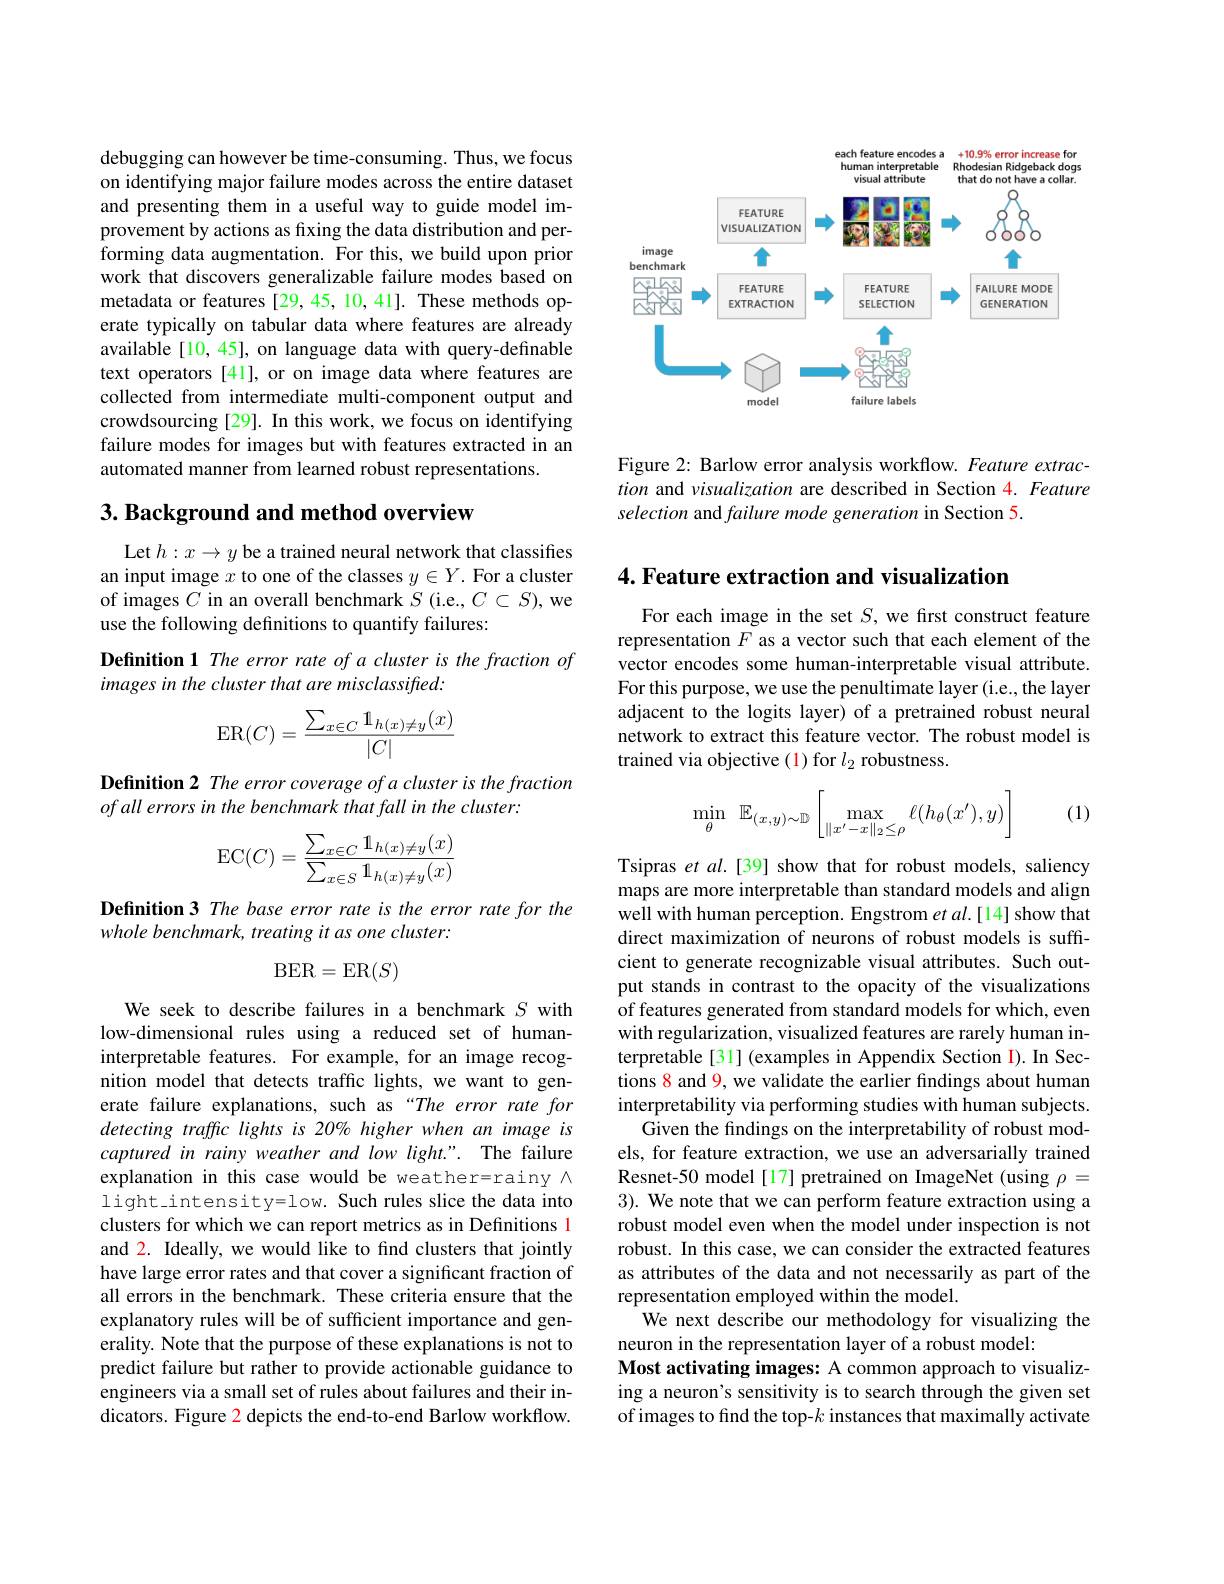
debugging can however be time-consuming. Thus, we focus on identifying major failure modes across the entire dataset and presenting them in a useful way to guide model improvement by actions as fxing the data distribution and performing data augmentation. For this, we build upon prior work that discovers generalizable failure modes based on metadata or features [29,45,10,41]. These methods operate typically on tabular data where features are already available [10, 45], on language data with query-definable text operators [41], or on image data where features are collected from intermediate multi-component output and crowdsourcing[29]. In this work, we focus on identifying failure modes for images but with features extracted in an automated manner from learned robust representations.

## $3. \textbf{ Background and method overview}$

Let $h:x\to y$ be a trained neural network that classifies an input image $x$ to one of the classes $y\in Y.$ For a cluster of images $C$ in an overall benchmark $S$ (i.e., $C\subset S)$, we use the following definitions to quantify failures:

Definition 1 The error rate of a cluster is the fraction of
images in the cluster that are misclassified:
$$\mathrm{ER}(C)=\frac{\sum_{x\in C}\mathbb{1}_{h(x)\neq y}(x)}{|C|}$$
Definition 2 The error coverage of a cluster is the fraction
of all errors in the benchmark that fall in the cluster:
$$\mathrm{EC}(C)=\frac{\sum_{x\in C}\mathbb{1}_{h(x)\neq y}(x)}{\sum_{x\in S}\mathbb{1}_{h(x)\neq y}(x)}$$
Definition 3 The base error rate is the error rate for the
whole benchmark, treating it as one cluster:
$$\mathrm{BER}=\mathrm{ER}(S)$$
We seek to describe failures in a benchmark $S$ with low-dimensional rules using a reduced set of humaninterpretable features. For example, for an image recognition model that detects traffic lights, we want to generate failure explanations, such as “The error rate for detecting traffic lights is 20% higher when an image is captured in rainy weather and low light.". The failure explanation in this case would be weather=rainy $\wedge$ light\_intensity=low. Such rules slice the data into clusters for which we can report metrics as in Definitions 1 and 2. Ideally, we would like to find clusters that jointly have large error rates and that cover a significant fraction of all errors in the benchmark. These criteria ensure that the explanatory rules will be of sufficient importance and generality. Note that the purpose of these explanations is not to predict failure but rather to provide actionable guidance to engineers via a small set of rules about failures and their indicators. Figure 2 depicts the end-to-end Barlow workflow.

<FigureHere>

Figure 2: Barlow error analysis workflow. Feature extraction and visualization are described in Section 4. Feature selection and failure mode generation in Section 5.

4. Feature extraction and visualization

For each image in the set $S$, we first construct feature representation $F$ as a vector such that each element of the vector encodes some human-interpretable visual attribute. For this purpose, we use the penultimate layer (i.e., the layer adjacent to the logits layer) of a pretrained robust neural network to extract this feature vector. The robust model is trained via objective (1) for $l_2$ robustness.
$$\min\limits_{\theta}\:\mathbb{E}_{(x,y)\sim\mathbb{D}}\left[\max\limits_{\|x'-x\|_2\leq\rho}\ell(h_\theta(x'),y)\right]$$
(1)

Tsipras et al.[39] show that for robust models, saliency maps are more interpretable than standard models and align well with human perception. Engstrom $etal.[14]$ show that direct maximization of neurons of robust models is suffcient to generate recognizable visual attributes. Such output stands in contrast to the opacity of the visualizations of features generated from standard models for which, even with regularization, visualized features are rarely human interpretable[31](examples in Appendix Section I). In Sections 8 and 9, we validate the earlier findings about human interpretability via performing studies with human subjects.
Given the findings on the interpretability of robust models, for feature extraction, we use an adversarially trained Resnet-50 model[17] pretrained on ImageNet (using $\rho=$ 3). We note that we can perform feature extraction using a robust model even when the model under inspection is not robust. In this case, we can consider the extracted features as attributes of the data and not necessarily as part of the representation employed within the model.
We next describe our methodology for visualizing the
neuron in the representation layer of a robust model:
Most activating images: A common approach to visualizing a neuron's sensitivity is to search through the given set of images to find the top-$k$ instances that maximally activate